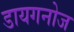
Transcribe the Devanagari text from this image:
डायगनोज